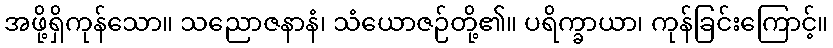
အဖို့ရှိကုန်သော။ သညောဇနာနံ၊ သံယောဇဉ်တို့၏။ ပရိက္ခာယာ၊ ကုန်ခြင်းကြောင့်။